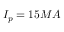
I _ { p } = 1 5 M A